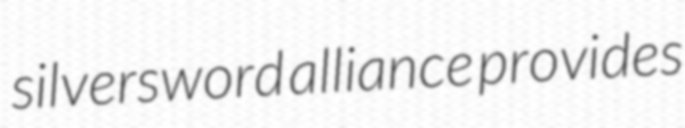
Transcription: silversword alliance provides